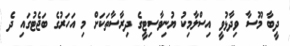
ދީބާ މޫސާ ވިދާޅުވީ އިސްލާމިކު ޔުނިވާސިޓީގެ ދިރާސާތަކަށް މި އަހަރުގެ ބަޖެޓުގައި ދެ